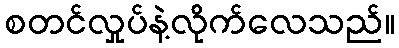
စတင်လှုပ်နဲ့လိုက်လေသည်။